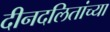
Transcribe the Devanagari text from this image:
दीनदलितांच्या